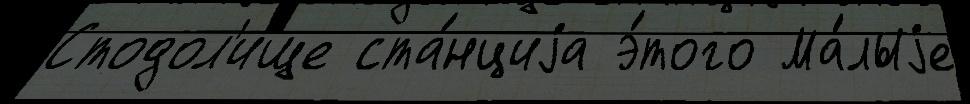
Стодол'ище ста́нциjа э́того Ма́лыjе